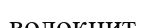
волокнит